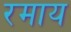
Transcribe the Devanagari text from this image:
रमाय